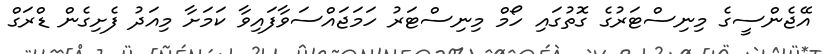
އޭޖެންސީގެ މިނިސްޓަރުގެ ގޮތުގައި ހޯމް މިނިސްޓަރު ހަމަޖައްސަވާފައިވާ ކަމަށާ މިއަދު ފެށިގެން ޑްރަގް